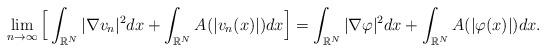
LaTeX: \begin{align*}\lim_{n\to \infty}\Big[ \int_{\mathbb{R}^N}|\nabla v_n|^2dx+\int_{\mathbb{R}^N}A(|v_n(x)|)dx\Big]= \int_{\mathbb{R}^N}|\nabla \varphi|^2dx+\int_{\mathbb{R}^N}A(|\varphi(x)|)dx.\end{align*}